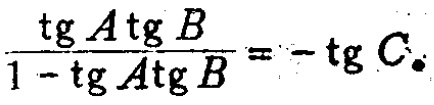
\(\frac{\text{tg} A\text{tg} B}{1 - \text{tg} A\text{tg} B}=-\text{tg} C\)